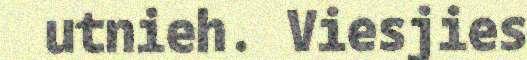
utnieh. Viesjies